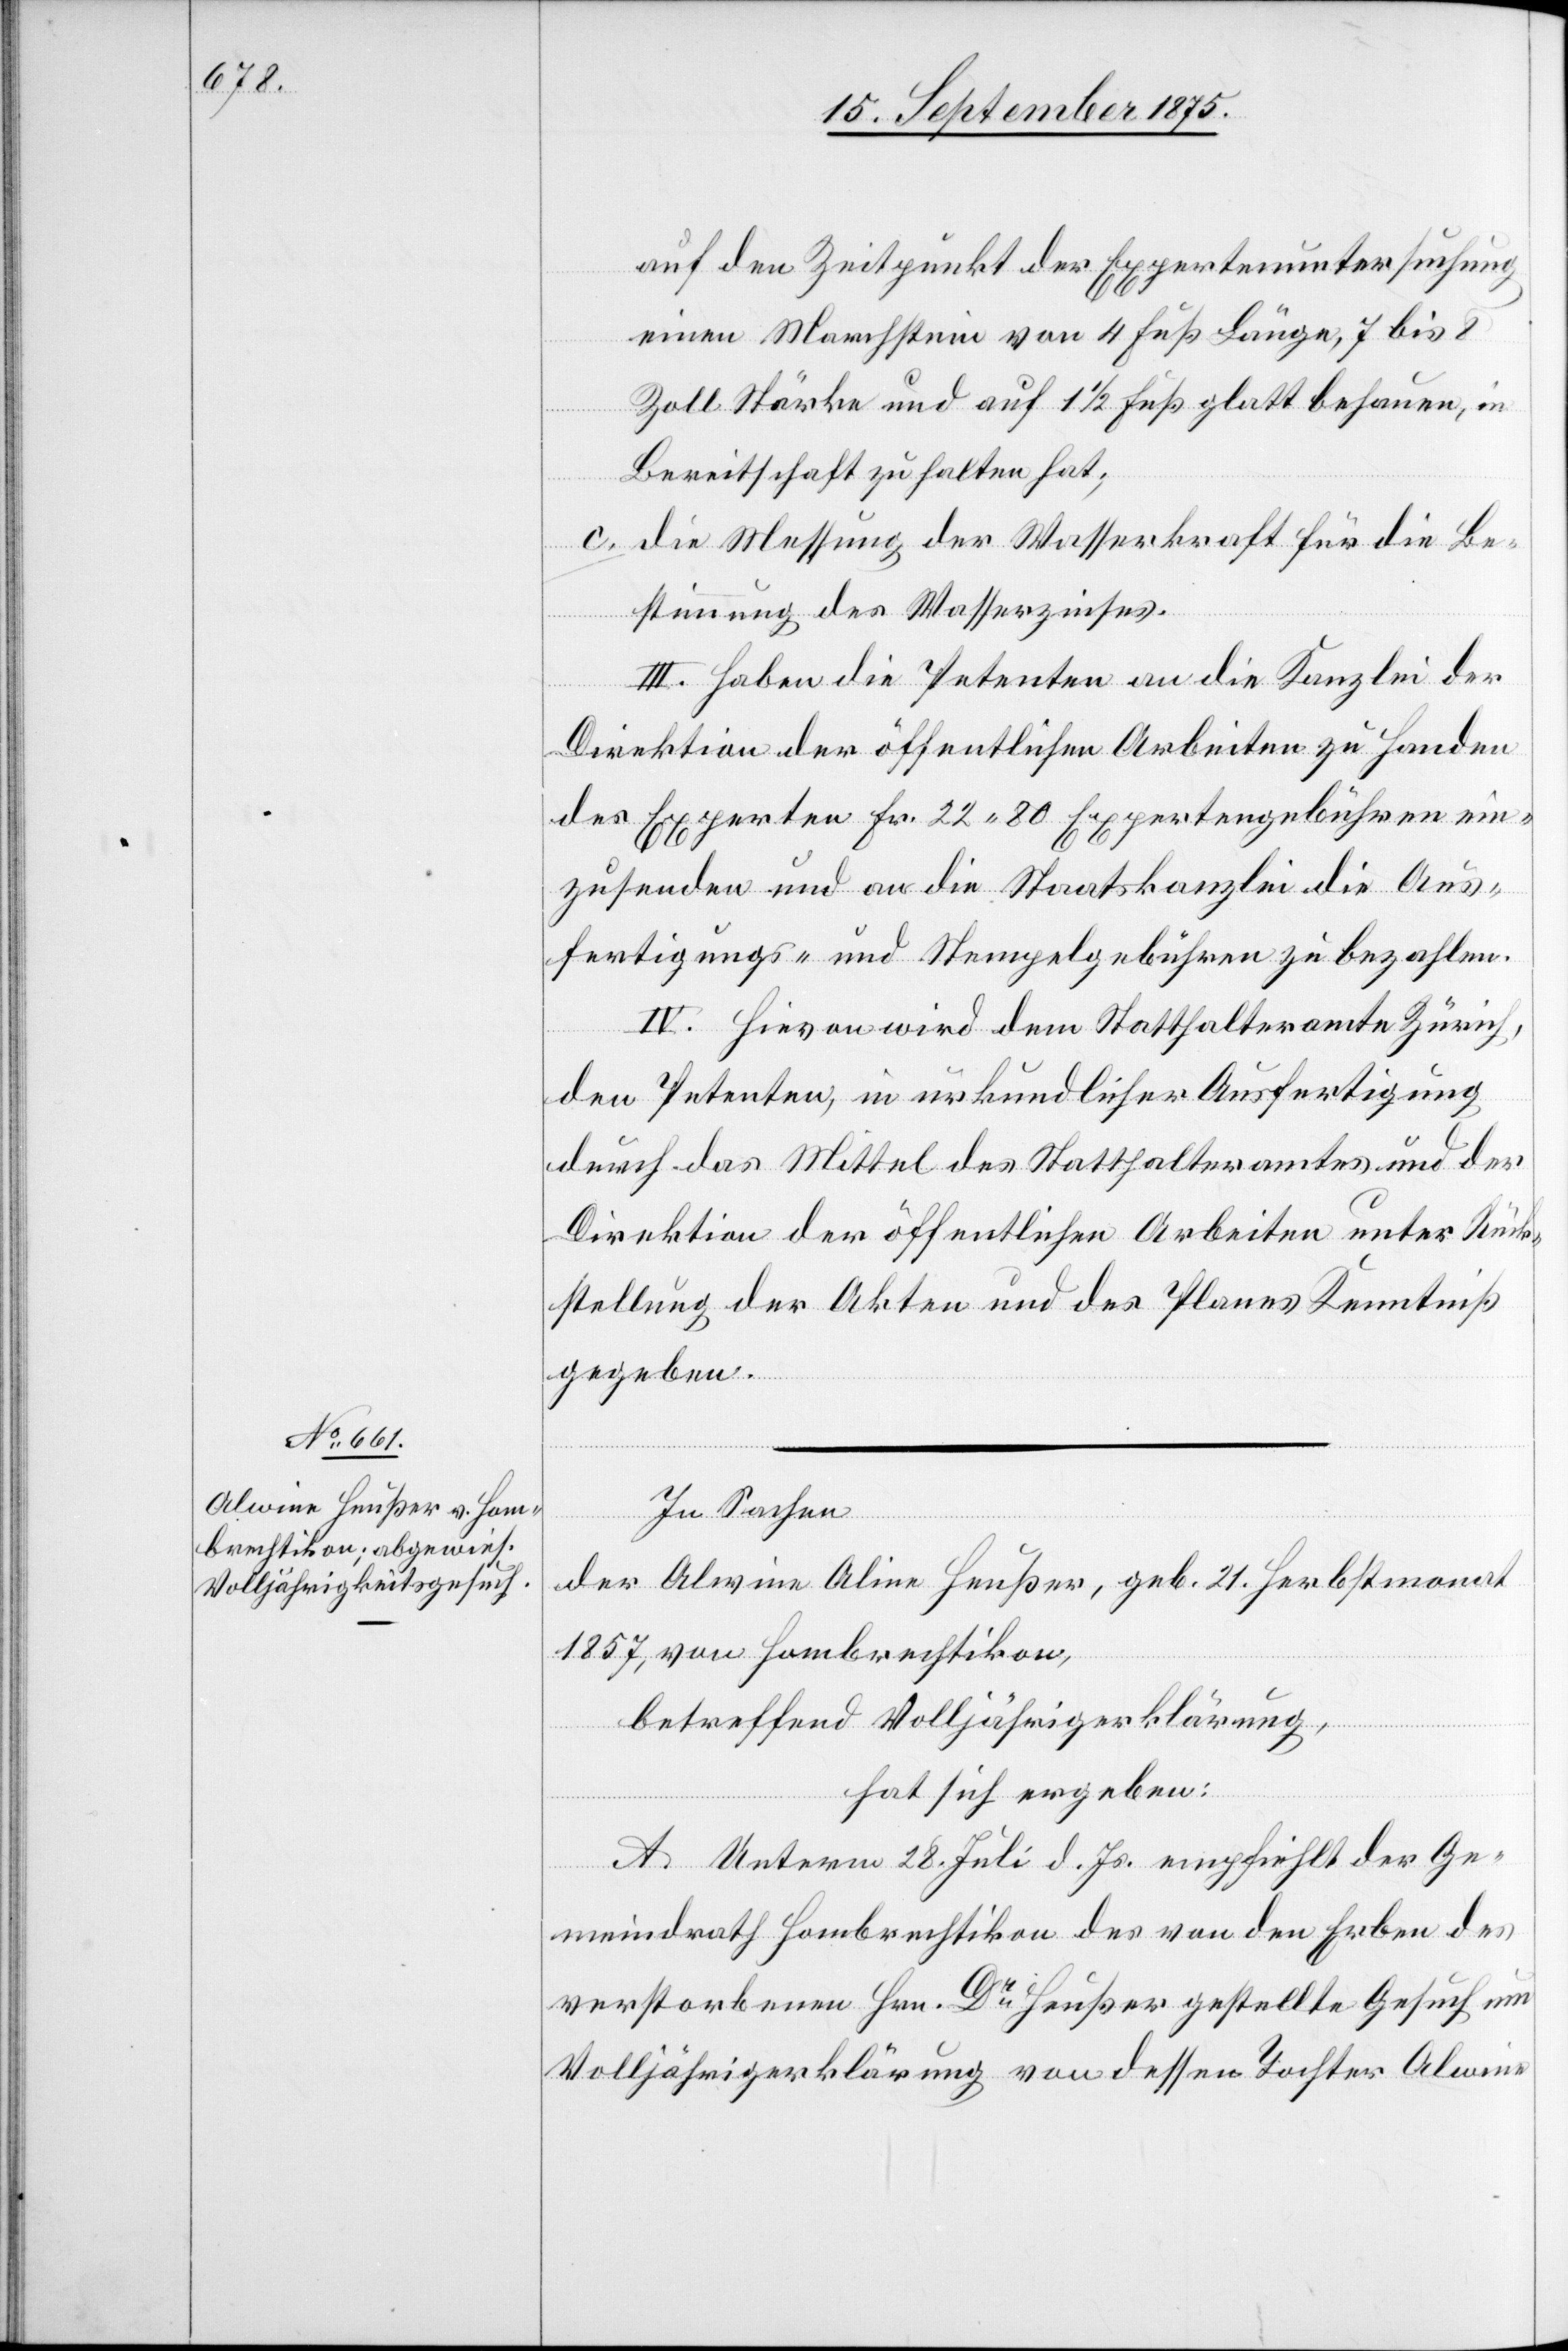
auf den Zeitpunkt der Expertenuntersuchung
einen Marchstein von 4 Fuß Länge, 7 bis 8
Zoll Stärke und auf 1 1/2 Fuß glatt behauen, in
Bereitschaft zu halten hat;
die Messung der Wasserkraft für die Be¬
stimmung des Wasserzinses.
III. Haben die Petenten an die Kanzlei der
Direktion der öffentlichen Arbeiten zu Handen
des Experten Fr. 22 80 Expertengebühren ein¬
zusenden und an die Staatskanzlei die Aus¬
fertigungs- und Stempelgebühren zu bezahlen.
IV. Hievon wird dem Statthalteramte Zürich,
den Petenten, in urkundlicher Ausfertigung
durch das Mittel des Statthalteramtes und der
Direktion der öffentlichen Arbeiten unter Rück¬
stellung der Akten und des Planes Kenntniß
gegeben.
In Sachen
der Alwine Aline Heußer, geb. 21. Herbstmonat
1857, von Hombrechtikon,
betreffend Volljährigerklärung,
hat sich ergeben:
A. Unterm 28. Juli d. Js. empfiehlt der Ge¬
meindrath Hombrechtikon des von den Erben des
verstorbenen Hrn. Dr Heußer gestellte Gesuch um
Volljährigerklärung von dessen Tochter Alwine